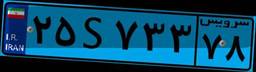
۶۰S۹۹۶۱۲